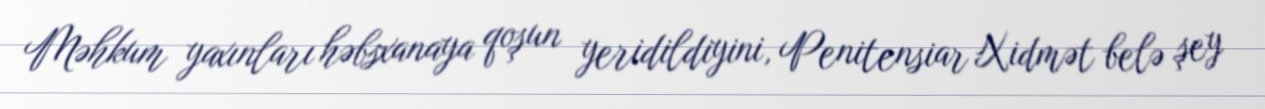
Məhkum yaxınları həbsxanaya qoşun yeridildiyini, Penitensiar Xidmət belə şey